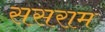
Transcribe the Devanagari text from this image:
ससराम